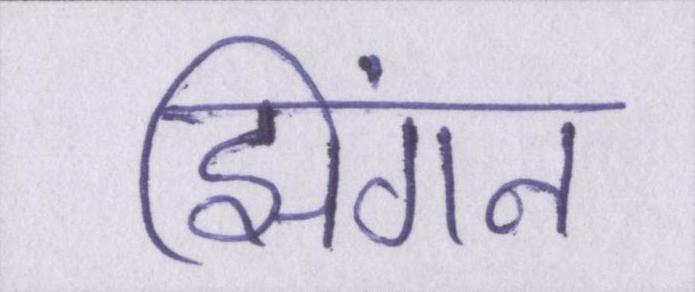
झिंगन